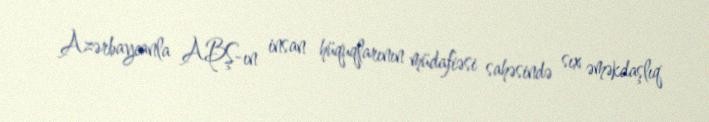
Azərbaycanla ABŞ-ın insan hüquqlarının müdafiəsi sahəsində sıx əməkdaşlıq